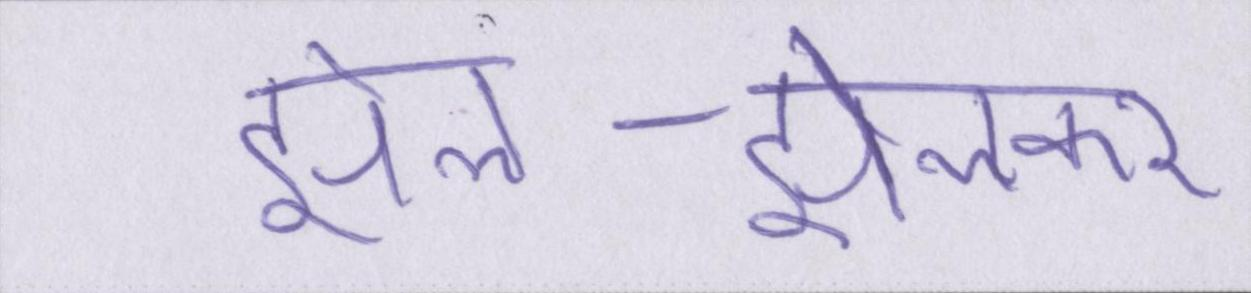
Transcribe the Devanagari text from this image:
झेल-झेलकर